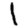
Digit: 1